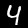
Digit: 4